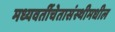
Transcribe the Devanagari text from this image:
मध्यवर्तीचेतासंस्थीमधील